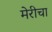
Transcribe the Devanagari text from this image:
मेरीचा